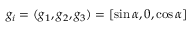
g _ { i } = ( g _ { 1 } , g _ { 2 } , g _ { 3 } ) = [ \sin \alpha , 0 , \cos \alpha ]